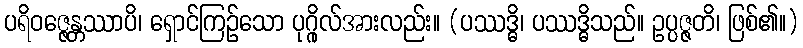
ပရိဝဇ္ဇေန္တဿာပိ၊ ရှောင်ကြဉ်သော ပုဂ္ဂိုလ်အားလည်း။ (ပဿဒ္ဓိ၊ ပဿဒ္ဓိသည်။ ဥပ္ပဇ္ဇတိ၊ ဖြစ်၏။)